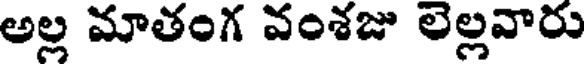
అల్ల మాతంగ వంశజు లెల్లవారు